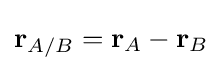
\mathbf {r} _{A/B}=\mathbf {r} _{A}-\mathbf {r} _{B}